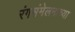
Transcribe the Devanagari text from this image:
रंगसंमेलनाच्या